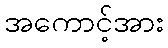
အကောင့်အား